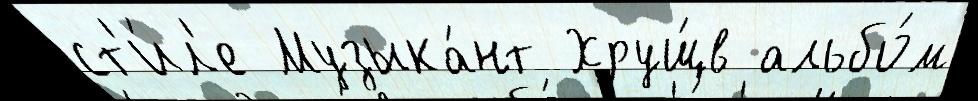
ст'и́л'е Музыка́нт Хрущ́в альбо́м